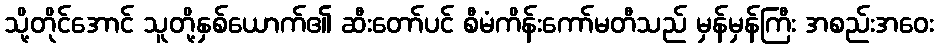
သို့တိုင်အောင် သူတို့နှစ်ယောက်၏ ဆီးတော်ပင် စီမံကိန်းကော်မတီသည် မှန်မှန်ကြီး အစည်းအဝေး